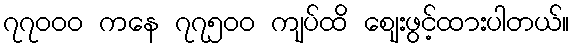
၇၇၀၀၀ ကနေ ၇၇၅၀၀ ကျပ်ထိ စျေးဖွင့်ထားပါတယ်။